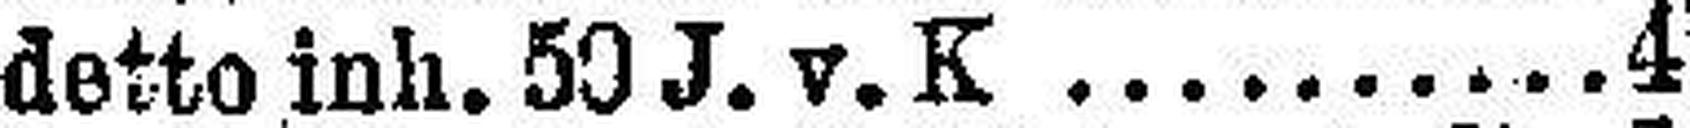
detto inh. 50 J. v. K 4